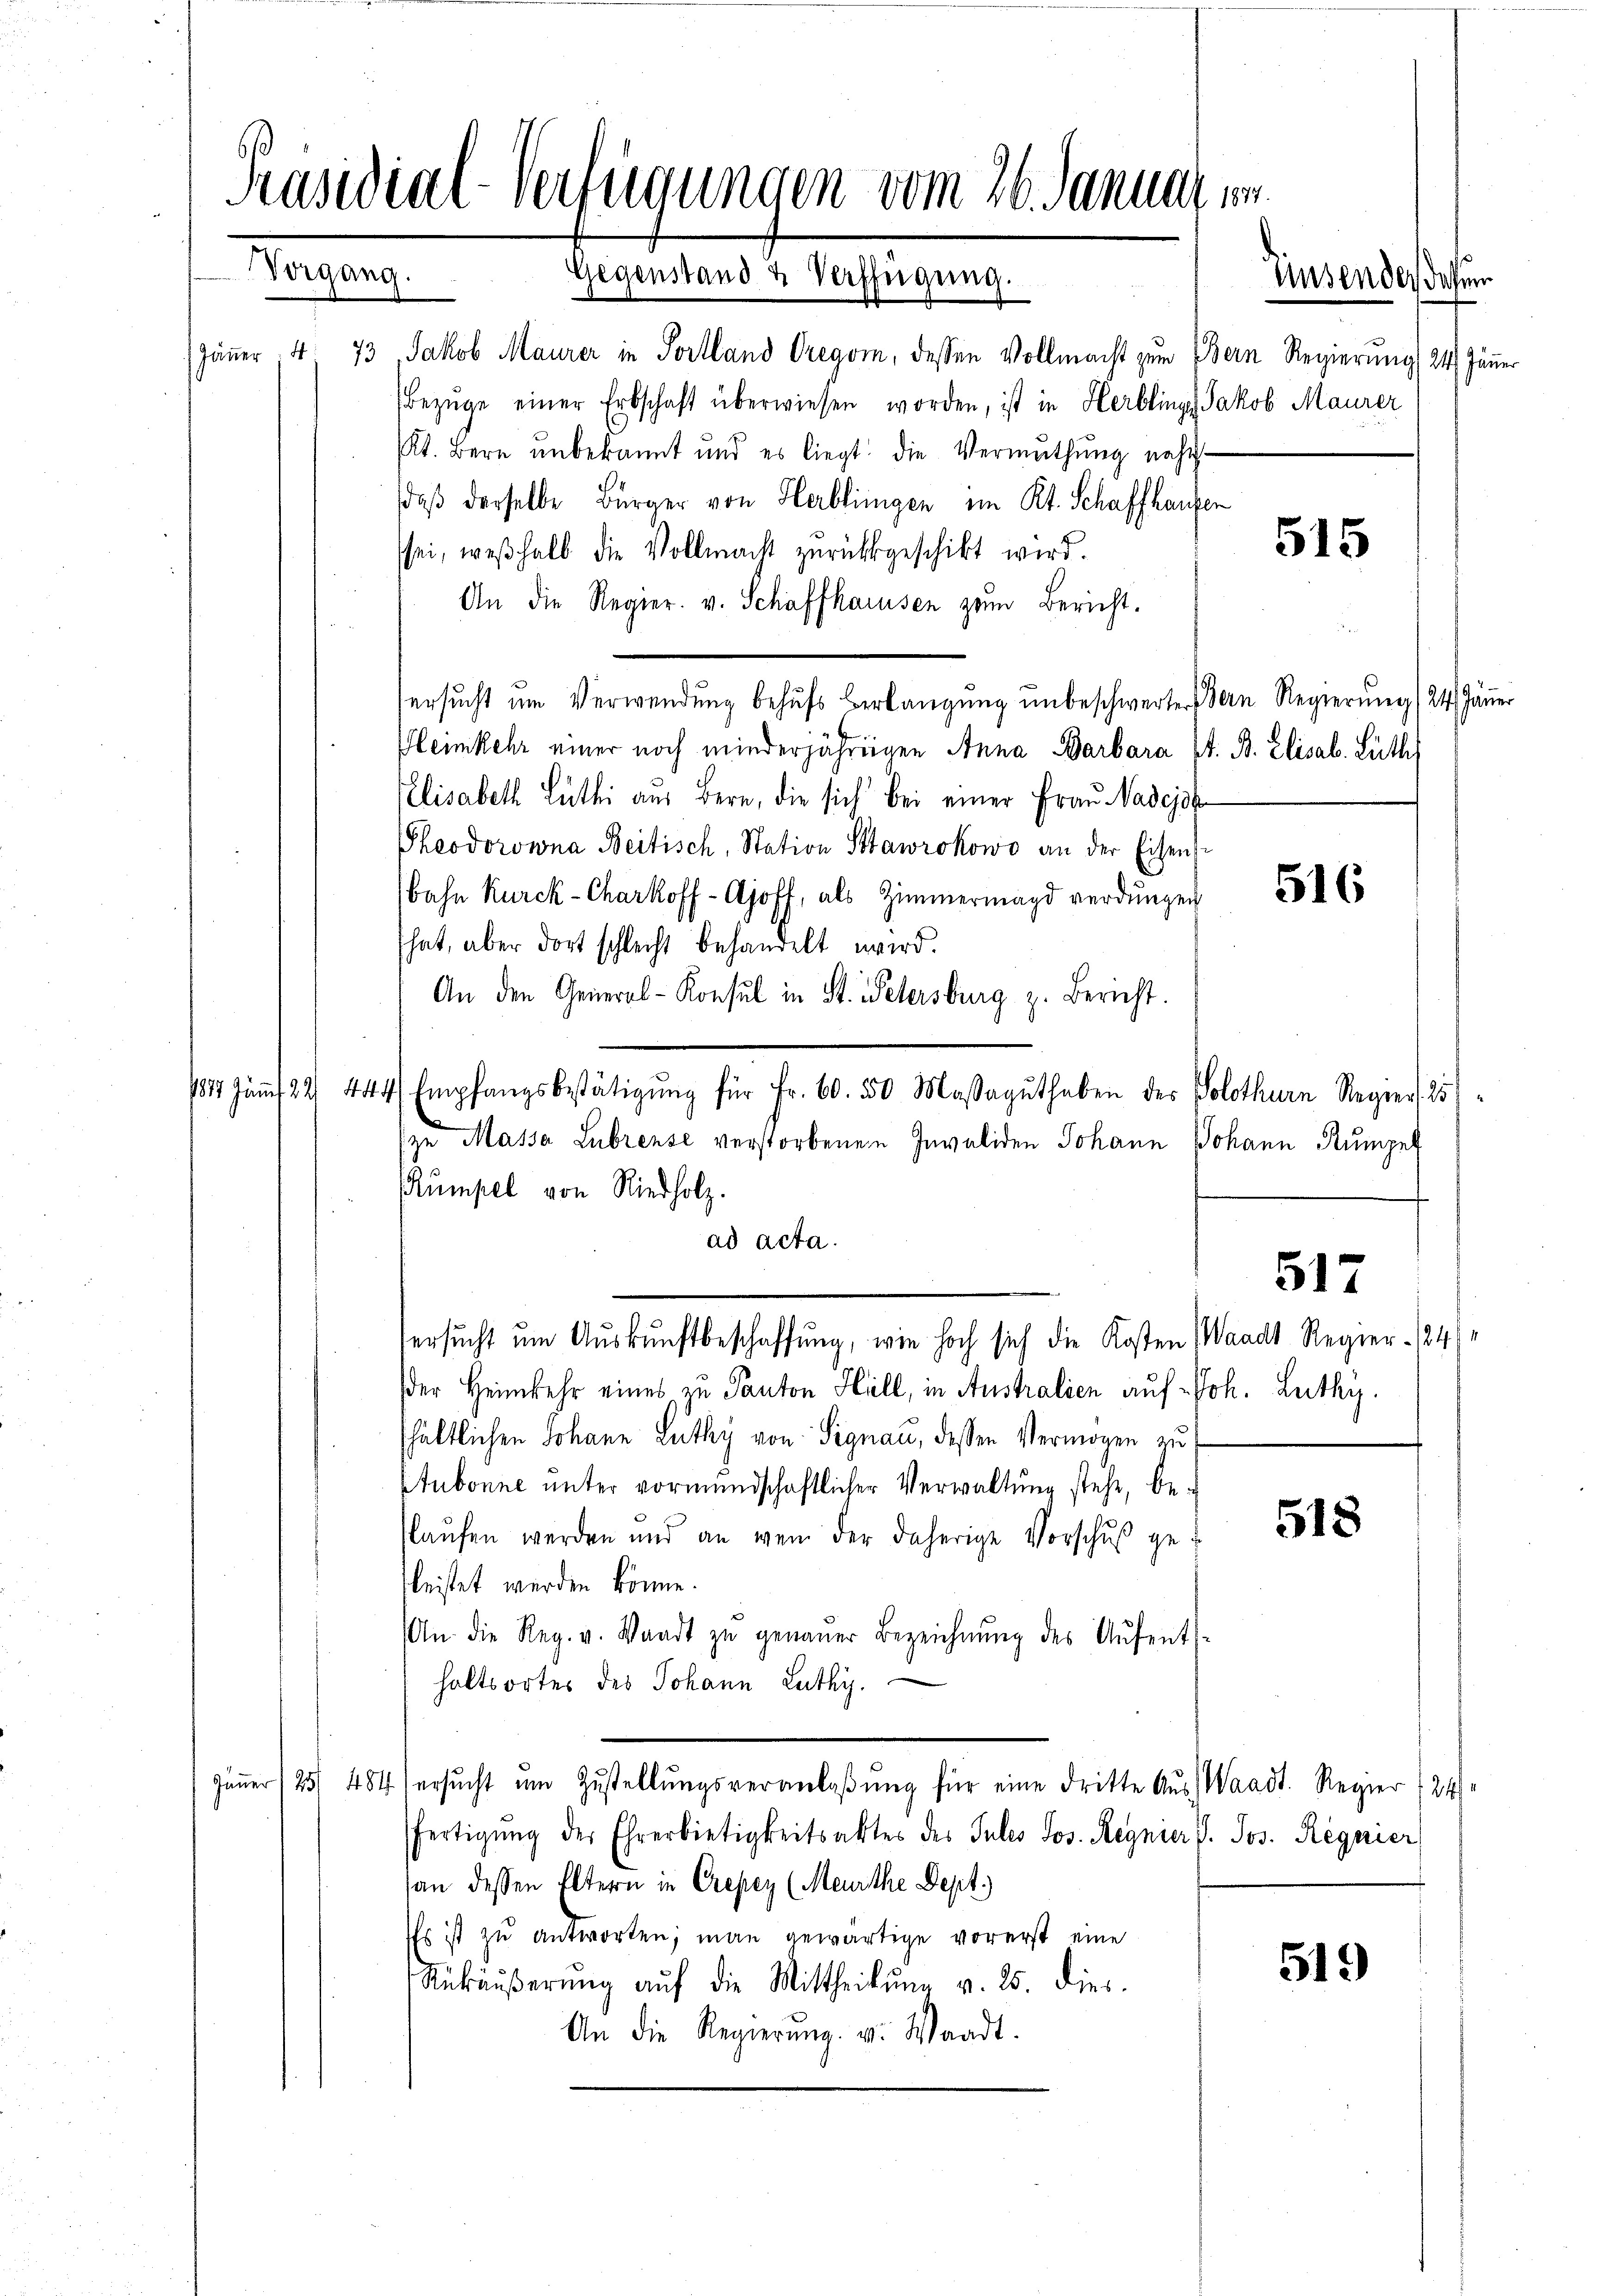
Präsidial-Verfügungen vom 26. Januar
Tanten.
Gegenstand & Verfügung.
Zinsendes defun

Jäṅer 14. 73, Jakob Maurer in Portland Greavin, dessen Vollmacht zum Bern Regierung (24 Jänner
Bezŭge einer Erbschaft überwiesen worden, ist in Herblings Jakob Maurer
Pkt. Bern ŭnbekannt und es liegt die Vermuthŭng nacht
daß derselbe Bürger von Herblingen im Kt. Schaffhausen
sei, weshalb die Vollmacht zurückgeschikt wird.
An die Regier. v. Schaffhausen zum Bericht.
ersucht um Verwendung behufs berlangung unbeschwerte Bern Regierung (24 Jäṅer
Heimkehr einer noch minderjährigen Anna Barbara St. B. Elisab. Lüth
Elisabeth Lütli aus Bern, die sich bei einer Frau Nadejah
Theodorowina Beitisch, Station Stawrokowo an der Eisens
bahn Kurck-Charkoff-Ajoff, als Zimmermagd verdŭngen
hat, aber dort schlecht behandelt wird.
An den General-Konsul in St. Petersburg z. Bericht.
1817. Jän̅t 22. 444 Empfangsbestätigŭng für Fr. 60. 550 Massagŭthaben des Solothurn Regier, 25)
zu Massa Lubrense verstorbenen Invaliden Johann Johann Rumpel
Rumpel von Riedholz.
ad acta.
517
ersucht um Auskunftbeschaffung, wie hoch sich die Kosten Waadt Regier. (4)
der Heimkehr eines zu Panton Hill, in Australien auf Joh. Luthy.
shältlichen Johann Luthy von Signau, dessen Vermögen zu
Stubonne unter vormundschaftlicher Verwaltung stehe, be¬
518
Plaŭfen werden und an wenn der daherige Vorschŭβ gefleistet werden könne.
An die Reg. v. Waadt zŭ genaŭer Bezeichnŭng des Aŭfent-
haltsortes des Johann Luthy.
Jäṅer /25/ 484 ersŭcht ŭm Zŭstellŭngsveranlaβŭng für eine dritte Aŭs, Waadt. Regier (24
fertigŭng der Ehrerbietigkeitsaktes des Pules Jos. Regnier P. Jos. Regnier
an dessen Eltern in Creper (Meurthe Dept.)
Es ist zu antworten; man gewärtige vorerst eine
519
Rükäŭβerŭng aŭf die Mittheilŭng v. 25. dies
An die Regierŭng u. Waadt.

515